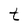
Character: t